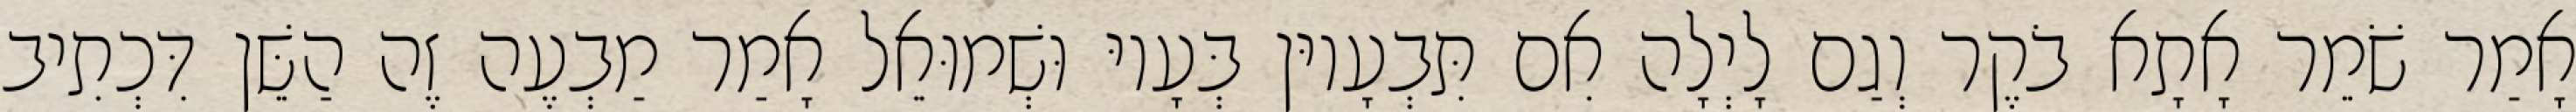
אָמַר שֹׁמֵר אָתָא בֹקֶר וְגַם לָיְלָה אִם תִּבְעָיוּן בְּעָיוּ וּשְׁמוּאֵל אָמַר מַבְעֶה זֶה הַשֵּׁן דִּכְתִיב